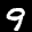
Label: 9